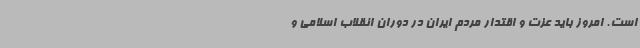
است. امروز باید عزت و اقتدار مردم ایران در دوران انقلاب اسلامی و